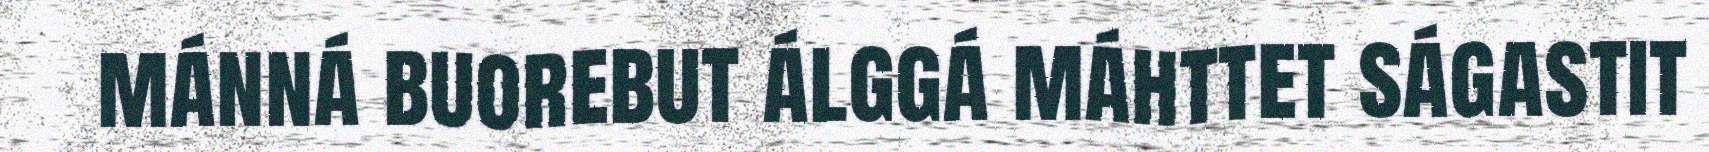
mánná buorebut álggá máhttet ságastit